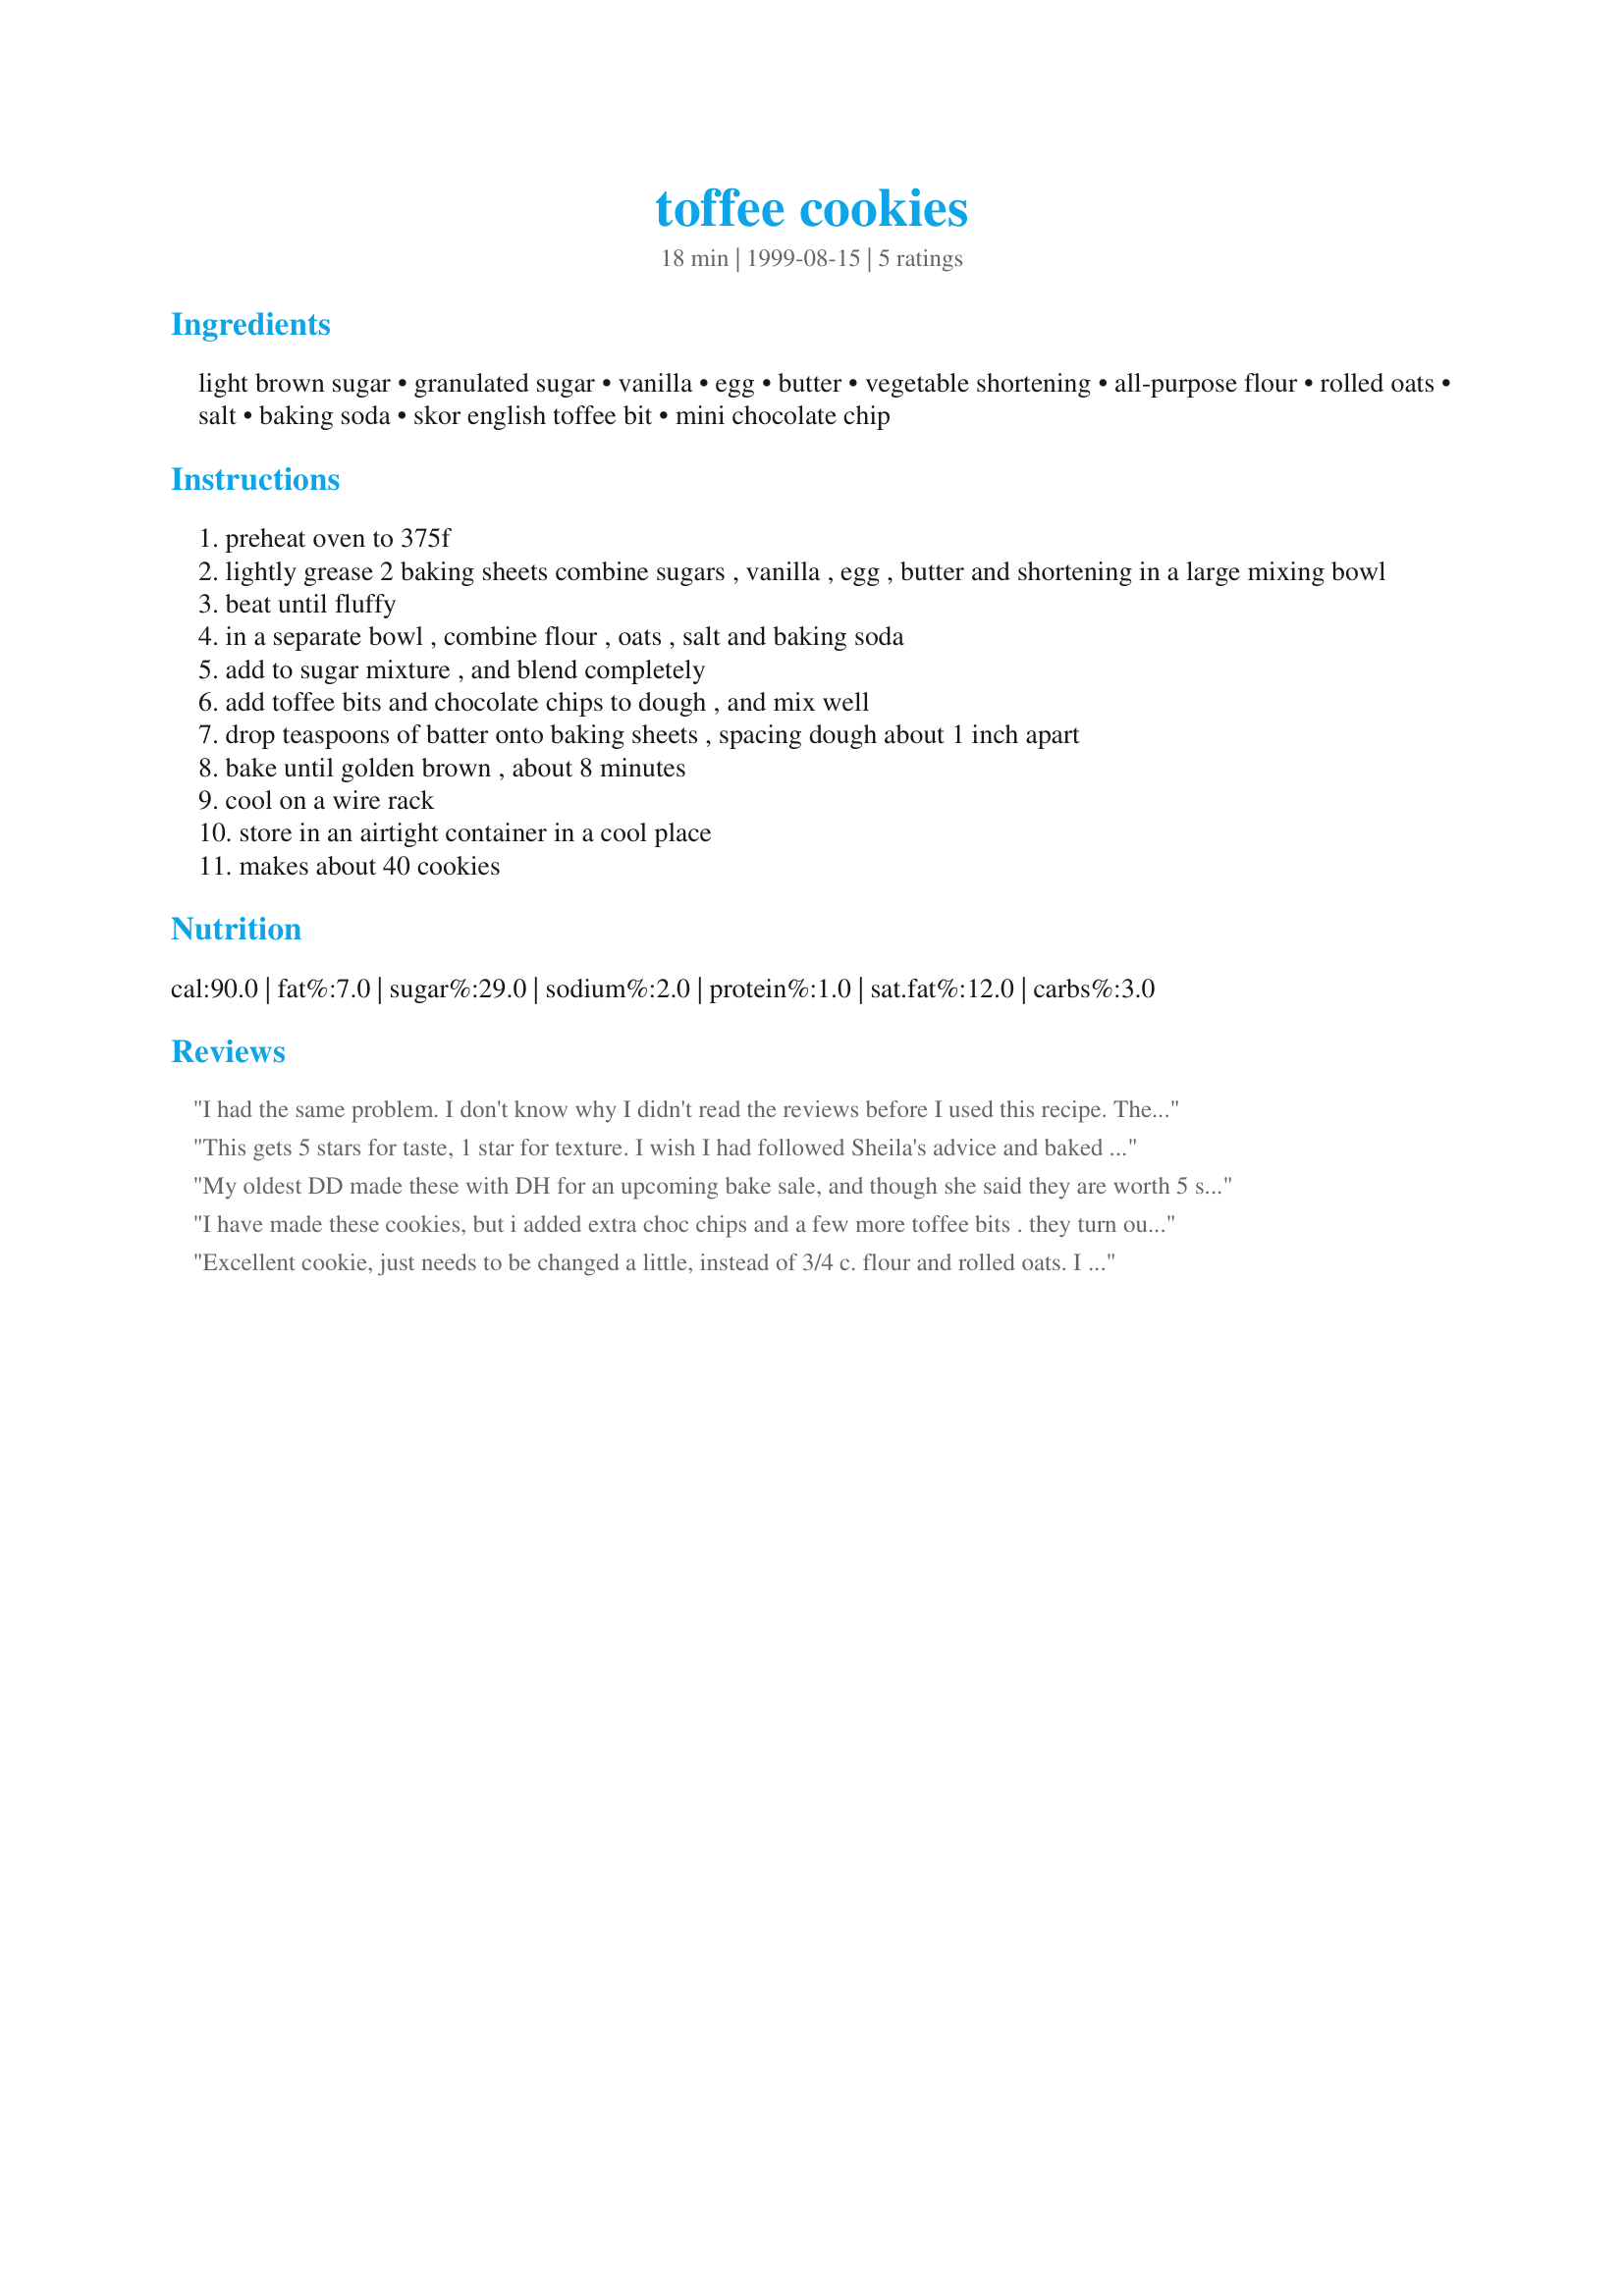
toffee cookies
Preparation time: 18 minutes

Ingredients:
light brown sugar, granulated sugar, vanilla, egg, butter, vegetable shortening, all-purpose flour, rolled oats, salt, baking soda, skor english toffee bit, mini chocolate chip

Steps:
preheat oven to 375f
lightly grease 2 baking sheets combine sugars , vanilla , egg , butter and shortening in a large mixing bowl
beat until fluffy
in a separate bowl , combine flour , oats , salt and baking soda
add to sugar mixture , and blend completely
add toffee bits and chocolate chips to dough , and mix well
drop teaspoons of batter onto baking sheets , spacing dough about 1 inch apart
bake until golden brown , about 8 minutes
cool on a wire rack
store in an airtight container in a cool place
makes about 40 cookies

Reviews:
I had the same problem. I don't know why I didn't read the reviews before I used this recipe. These cookies taste GREAT, but they're flat as a pancake and I had to literally scrape them off the pan and couldn't include them in my "Christmas Cookie" giveaways. I was thinking of chopping them up and putting it in holiday bags along with some M&M's and mixed nuts, but never got around to it. DH & I just at the crumbs.
This gets 5 stars for taste, 1 star for texture. I wish I had followed Sheila's advice and baked these on parchment paper. These are not pretty. They flattened right out, and stuck to the pan after 6 1/2 minutes. But while I was scraping them off the pan, I ate a few, and they were very tasty. I added a bit more flour before baking the second batch and that helped them keep their shape a bit better. Also baked them for 6 minutes only. I might try this again and use a whole cup of flour and refrigerate the dough before baking to see if that helps them not to flatten out so much.
My oldest DD made these with DH for an upcoming bake sale, and though she said they are worth 5 stars I had to override her decision. Her first batch spread out so thin that all the cookies broke as she tried to scrape them off the non-stick cookie sheet. She then added a bit more flour to the second batch and though they didn't break into pieces when coming off the pan they are still so thin around the edges (much like a lace cookie) that they will not hold up well for a bake sale. She is keeping her fingers crossed that the giant cookie she baked in a small disposable foil casserole pan turned out so that she can sell it by the slice.
I have made these cookies, but i added extra choc chips and a few more toffee bits . they turn out great if you bake them on parchment paper. i can't keep them at home or work,theyare just like candy. sheila
Excellent cookie, just needs to be changed a little, instead of 3/4 c. flour and rolled oats. I used 1 c. each. I also reduced the vanilla to 1 t. and then I am not a chocolate fan, so I use 1/2 c. of peanut butter chips and 1/2 c. of white chocolate chips. They turned out great. Held there shape like a chocloate chip cookie.
